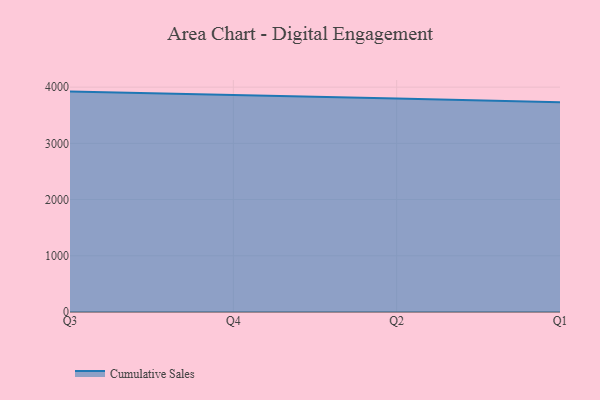
{"axis": {"x": "Quarter", "y": "LTV (USD)"}, "legend": ["Cumulative Sales"], "data": [{"x": "Q3", "y": 3920.4, "type": "Cumulative Sales"}, {"x": "Q4", "y": 3865.9, "type": "Cumulative Sales"}, {"x": "Q2", "y": 3798.2, "type": "Cumulative Sales"}, {"x": "Q1", "y": 3730.6, "type": "Cumulative Sales"}]}